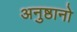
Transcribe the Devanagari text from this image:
अनुष्ठानो